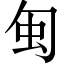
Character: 𠣜